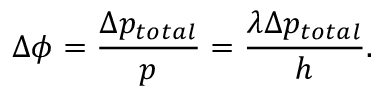
\Delta \phi = \frac { \Delta p _ { t o t a l } } { p } = \frac { \lambda \Delta p _ { t o t a l } } { h } .